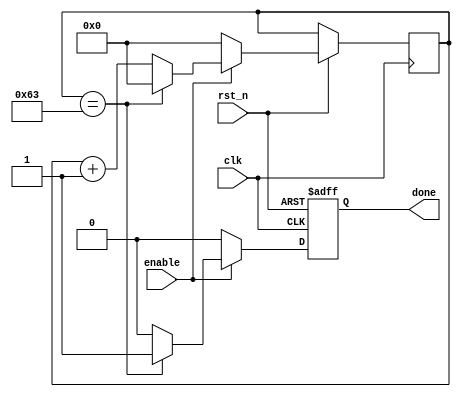
module timer #(parameter counter_final_value = 99)(
	input wire clk,
	input wire rst_n,
	input wire enable,
	output reg done);

localparam counter_bits = $clog2(counter_final_value);

reg [counter_bits-1:0]	counter;

always @ (posedge clk or negedge rst_n) begin
	if(!rst_n) begin
		done <= 0;
		
	end else begin
		if(enable) begin
			if(counter == counter_final_value) begin
				done <= 1'b1;
				counter <= 'b0;
			
			end else begin
				done <= 1'b0;
				counter <= counter + 1'b1;
			end
		end else begin
				done <= 1'b0;
				counter <= 'b0;
		end
	end
end
endmodule